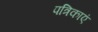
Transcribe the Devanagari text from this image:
पत्रिकाएं